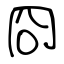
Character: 冏